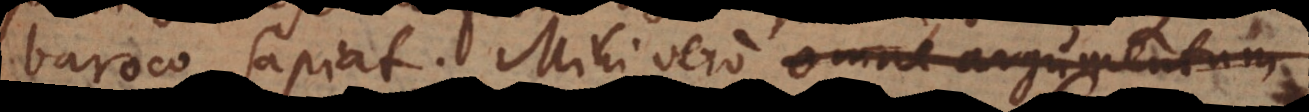
Baroco sapiat. Mihi vero omne argumentum